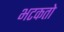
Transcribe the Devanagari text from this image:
भटकतो